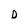
Character: D